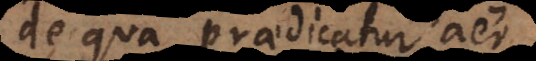
de qua praedicatur aër